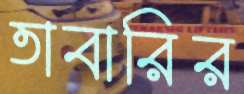
তাবারির